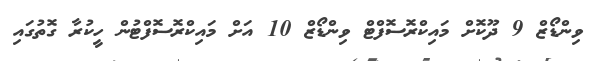
ވިންޑޯޒް 9 ދޫކޮށް މައިކްރޮސޮފްޓް ވިންޑޯޒް 10 އަށް މައިކްރޮސޮފްޓުން ހީކުރާ ގޮތުގައި